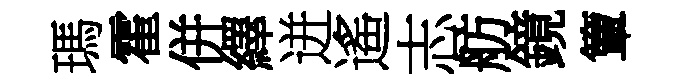
瑪霍併繹迸遙志舫鏡簟